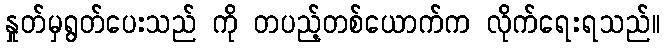
နှုတ်မှရွတ်ပေးသည် ကို တပည့်တစ်ယောက်က လိုက်ရေးရသည်။